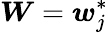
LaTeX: \boldsymbol{W}=\boldsymbol{w}_{j}^{*}